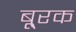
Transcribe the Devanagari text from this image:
बू्रक